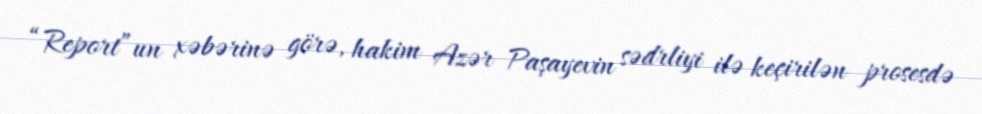
“Report”un xəbərinə görə, hakim Azər Paşayevin sədrliyi ilə keçirilən prosesdə